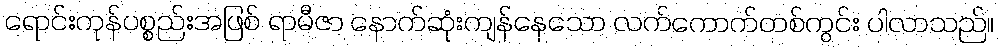
ရောင်းကုန်ပစ္စည်းအဖြစ် ရာမီဇာ နောက်ဆုံးကျန်နေသော လက်ကောက်တစ်ကွင်း ပါလာသည်။